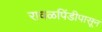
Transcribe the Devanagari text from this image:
रावळपिंडीपासून